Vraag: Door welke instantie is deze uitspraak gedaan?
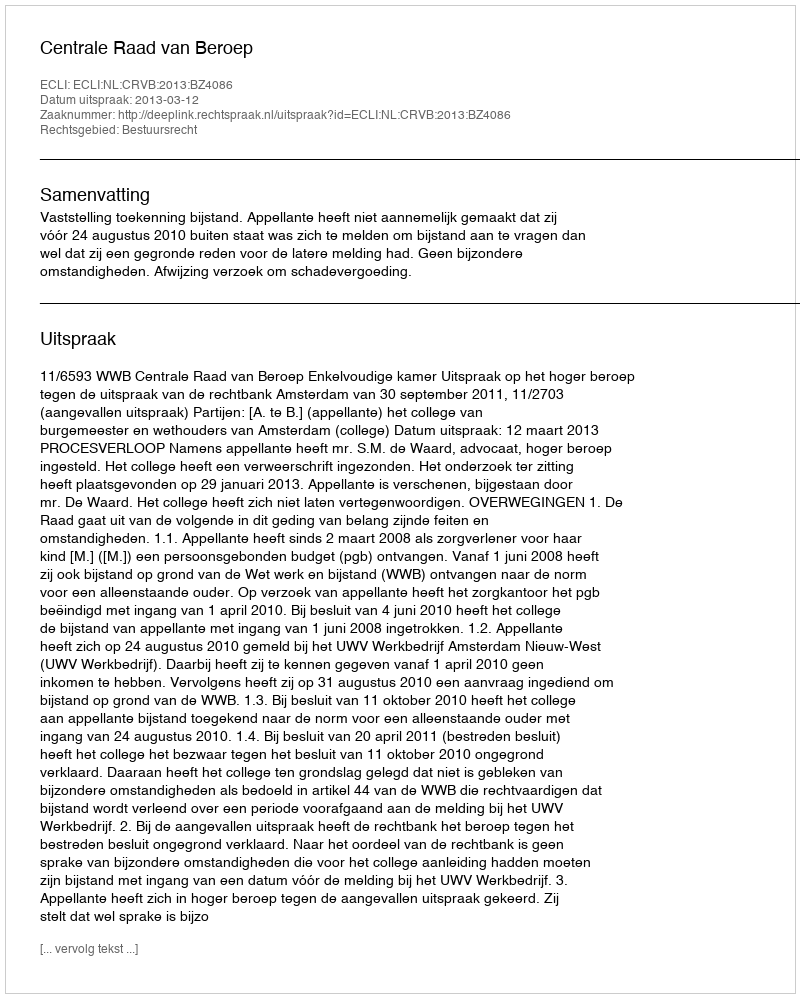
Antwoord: Centrale Raad van Beroep